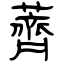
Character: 薺